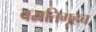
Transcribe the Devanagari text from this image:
वसतिगृहच